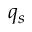
q _ { s }